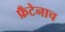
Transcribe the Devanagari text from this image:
फ्रँटेनाच